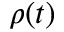
\rho ( t )